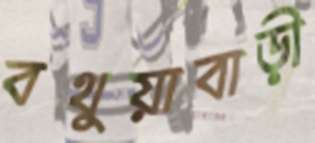
বথুয়াবাড়ী